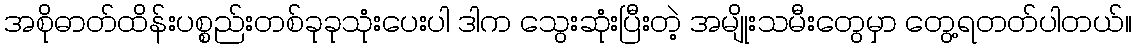
အစိုဓာတ်ထိန်းပစ္စည်းတစ်ခုခုသုံးပေးပါ ဒါက သွေးဆုံးပြီးတဲ့ အမျိုးသမီးတွေမှာ တွေ့ရတတ်ပါတယ်။